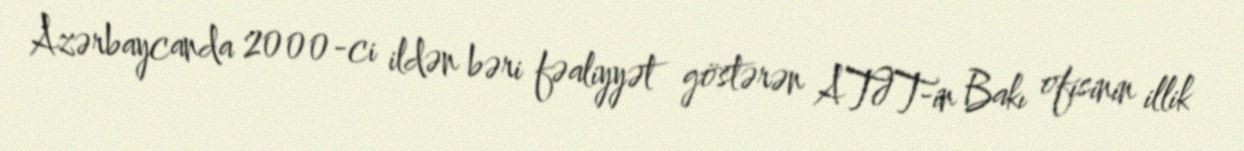
Azərbaycanda 2000-ci ildən bəri fəaliyyət göstərən ATƏT-in Bakı ofisinin illik